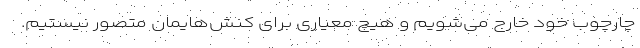
چارچوب خود خارج می‌شویم و هیچ معیاری برای کنش‌هایمان متصور نیستیم.